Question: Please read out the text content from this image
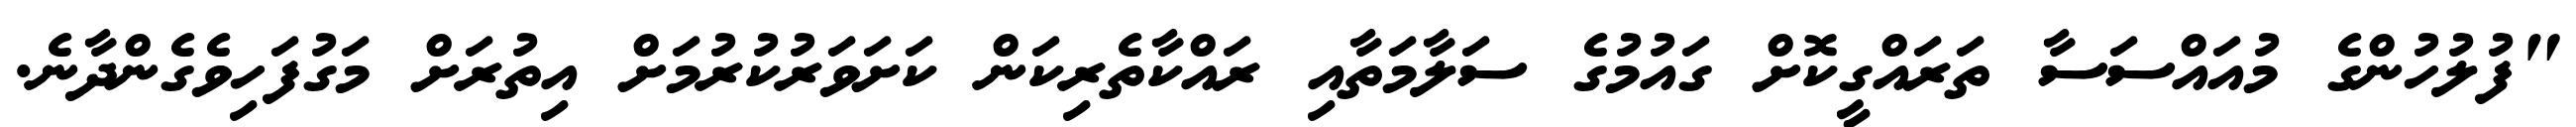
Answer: "ފުލުހުންގެ މުއައްސަސާ ތަރައްގީކޮށް ގައުމުގެ ސަލާމަތާއި ރައްކާތެރިކަން ކަށަވަރުކުރުމަށް އިތުރަށް މަގުފަހިވެގެންދާނެ.